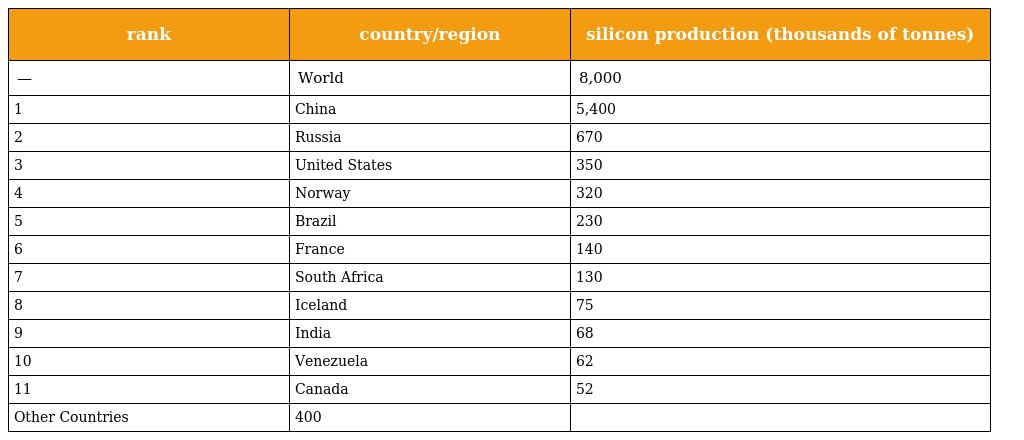
| rank | country/region | silicon production (thousands of tonnes) |
 | --- | --- | --- |
 | — | World | 8,000 |
 | 1 | China | 5,400 |
 | 2 | Russia | 670 |
 | 3 | United States | 350 |
 | 4 | Norway | 320 |
 | 5 | Brazil | 230 |
 | 6 | France | 140 |
 | 7 | South Africa | 130 |
 | 8 | Iceland | 75 |
 | 9 | India | 68 |
 | 10 | Venezuela | 62 |
 | 11 | Canada | 52 |
 | Other Countries | 400 |  |